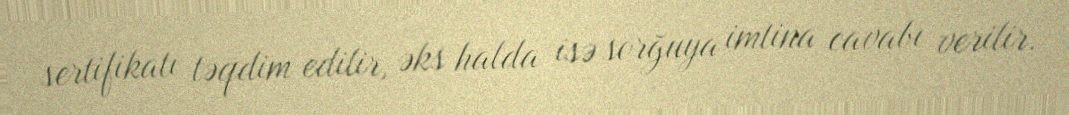
sertifikatı təqdim edilir, əks halda isə sorğuya imtina cavabı verilir.